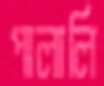
পালালি